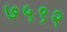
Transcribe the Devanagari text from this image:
७५९२